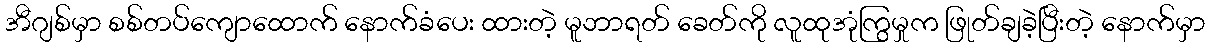
အီဂျစ်မှာ စစ်တပ်ကျောထောက် နောက်ခံပေး ထားတဲ့ မူဘာရတ် ခေတ်ကို လူထုအုံကြွမှုက ဖြုတ်ချခဲ့ပြီးတဲ့ နောက်မှာ